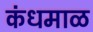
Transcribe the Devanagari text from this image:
कंधमाळ